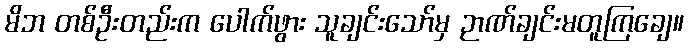
မိဘ တစ်ဦးတည်းက ပေါက်ဖွား သူချင်းသော်မှ ဉာဏ်ချင်းမတူကြချေ။